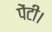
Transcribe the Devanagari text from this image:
पेंटी।